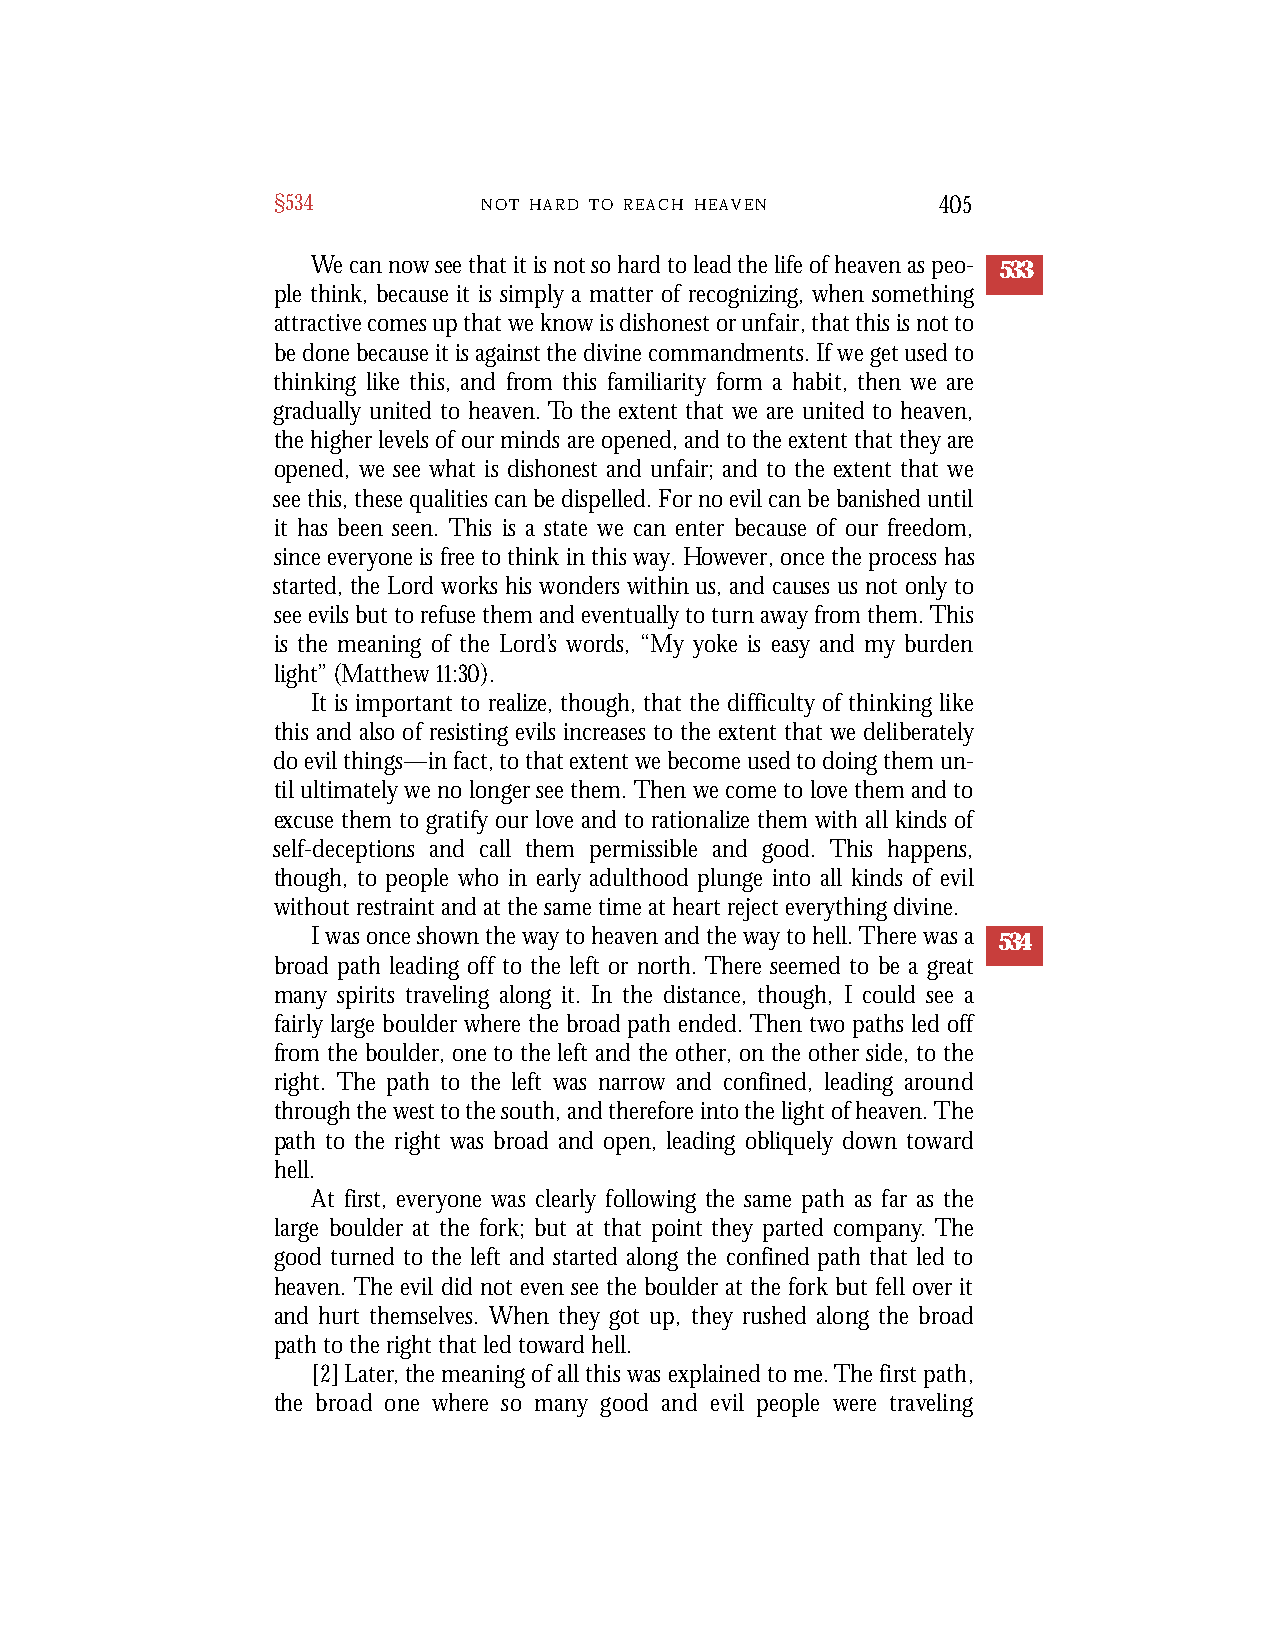
§534          N O T H A R D T O R E A C H H E A V E N 405
 We can now see that it is not so hard to lead the life of heaven as peo- 533
 ple think, because it is simply a matter of recognizing, when something
 attractive comes up that we know is dishonest or unfair, that this is not to
 be done because it is against the divine commandments. If we get used to
 thinking like this, and from this familiarity form a habit, then we are
 gradually united to heaven. To the extent that we are united to heaven,
 the higher levels of our minds are opened, and to the extent that they are
 opened, we see what is dishonest and unfair; and to the extent that we
 see this, these qualities can be dispelled. For no evil can be banished until
 it has been seen. This is a state we can enter because of our freedom,
 since everyone is free to think in this way. However, once the process has
 started, the Lord works his wonders within us, and causes us not only to
 see evils but to refuse them and eventually to turn away from them. This
 is the meaning of the Lord’s words, “My yoke is easy and my burden
 light” (Matthew 11:30).
 It is important to realize, though, that the difficulty of thinking like
 this and also of resisting evils increases to the extent that we deliberately
 do evil things—in fact, to that extent we become used to doing them un-
 til ultimately we no longer see them. Then we come to love them and to
 excuse them to gratify our love and to rationalize them with all kinds of
 self-deceptions and call them permissible and good. This happens,
 though, to people who in early adulthood plunge into all kinds of evil
 without restraint and at the same time at heart reject everything divine.
 I was once shown the way to heaven and the way to hell. There was a 534
 broad path leading off to the left or north. There seemed to be a great
 many spirits traveling along it. In the distance, though, I could see a
 fairly large boulder where the broad path ended. Then two paths led off
 from the boulder, one to the left and the other, on the other side, to the
 right. The path to the left was narrow and confined, leading around
 through the west to the south, and therefore into the light of heaven. The
 path to the right was broad and open, leading obliquely down toward
 hell.
 At first, everyone was clearly following the same path as far as the
 large boulder at the fork; but at that point they parted company. The
 good turned to the left and started along the confined path that led to
 heaven. The evil did not even see the boulder at the fork but fell over it
 and hurt themselves. When they got up, they rushed along the broad
 path to the right that led toward hell.
 [2] Later, the meaning of all this was explained to me. The first path,
 the broad one where so many good and evil people we re trave l i n g